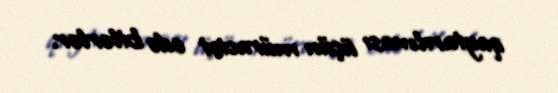
qaytarılması üçün müraciət edə bilərlər.